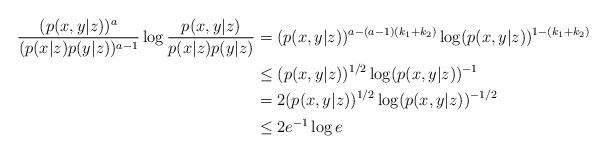
LaTeX: \begin{align*}\frac{(p(x,y|z))^a}{(p(x|z)p(y|z))^{a-1}}\log \frac{p(x,y|z)}{p(x|z)p(y|z)} & = (p(x,y|z))^{a-(a-1)(k_1+k_2)}\log (p(x,y|z))^{1-(k_1+k_2)}\\& \stackrel{}{\le} (p(x,y|z))^{1/2}\log (p(x,y|z))^{-1} \\& = 2(p(x,y|z))^{1/2}\log (p(x,y|z))^{-1/2} \\& \stackrel{}{\le} 2 e^{-1}\log e \end{align*}